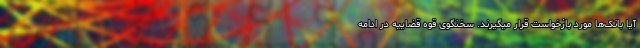
آیا بانک‌ها مورد بازخواست قرار میگیرند. سخنگوی قوه قضاییه در ادامه